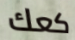
كعك